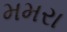
મમરા